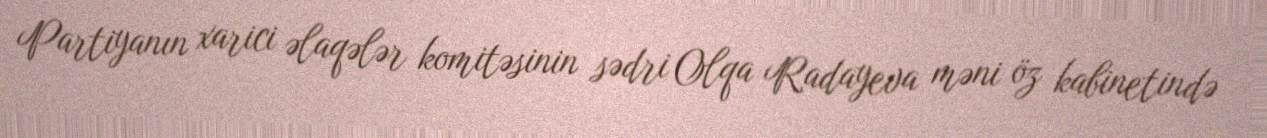
Partiyanın xarici əlaqələr komitəsinin sədri Olqa Radayeva məni öz kabinetində